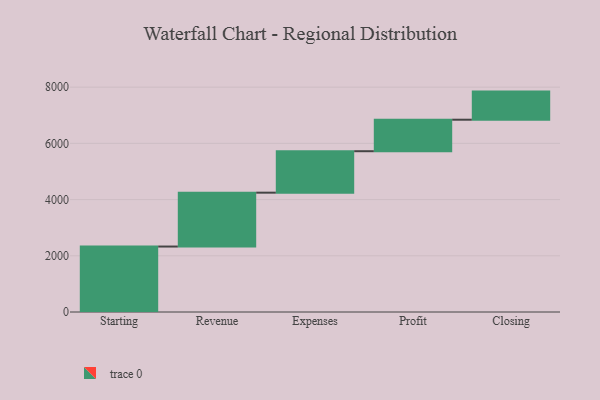
{"axis": {"x": "Step", "y": "Value"}, "legend": [""], "data": [{"x": "Starting", "y": 2329.0, "type": ""}, {"x": "Revenue", "y": 1917.0, "type": ""}, {"x": "Expenses", "y": 1475.0, "type": ""}, {"x": "Profit", "y": 1121.0, "type": ""}, {"x": "Closing", "y": 1000, "type": ""}]}